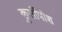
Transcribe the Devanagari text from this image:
कुर्सीपोश